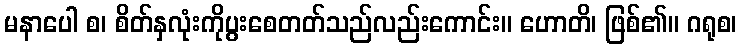
မနာပေါ စ၊ စိတ်နှလုံးကိုပွးစေတတ်သည်လည်းကောင်း။ ဟောတိ၊ ဖြစ်၏။ ဂရုစ၊